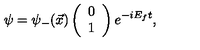
\psi = { \psi } _ { - } ( \vec { x } ) \left( \begin{array} { c } { 0 } \\ { 1 } \\ \end{array} \right) e ^ { - i E _ { f } t } ,